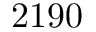
2 1 9 0